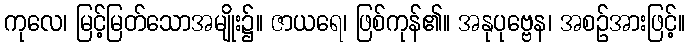
ကုလေ၊ မြင့်မြတ်သောအမျိုး၌။ ဇာယရေ၊ ဖြစ်ကုန်၏။ အနုပုဗ္ဗေန၊ အစဉ်အားဖြင့်။